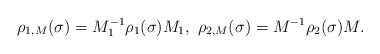
\begin{align*}\rho_{1,M}(\sigma) = M_1^{-1}\rho_1(\sigma)M_1, \ \rho_{2,M}(\sigma) = M^{-1}\rho_2(\sigma) M.\end{align*}